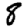
Digit: 8